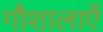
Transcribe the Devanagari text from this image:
गौशालाऐं